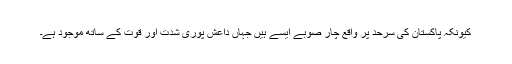
کیونکہ پاکستان کی سرحد پر واقع چار صوبے ایسے ہیں جہاں داعش پوری شدت اور قوت کے ساتھ موجود ہے۔